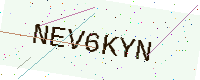
Text: NEV6KYN